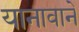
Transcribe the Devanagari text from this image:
यानावाने